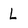
Character: L